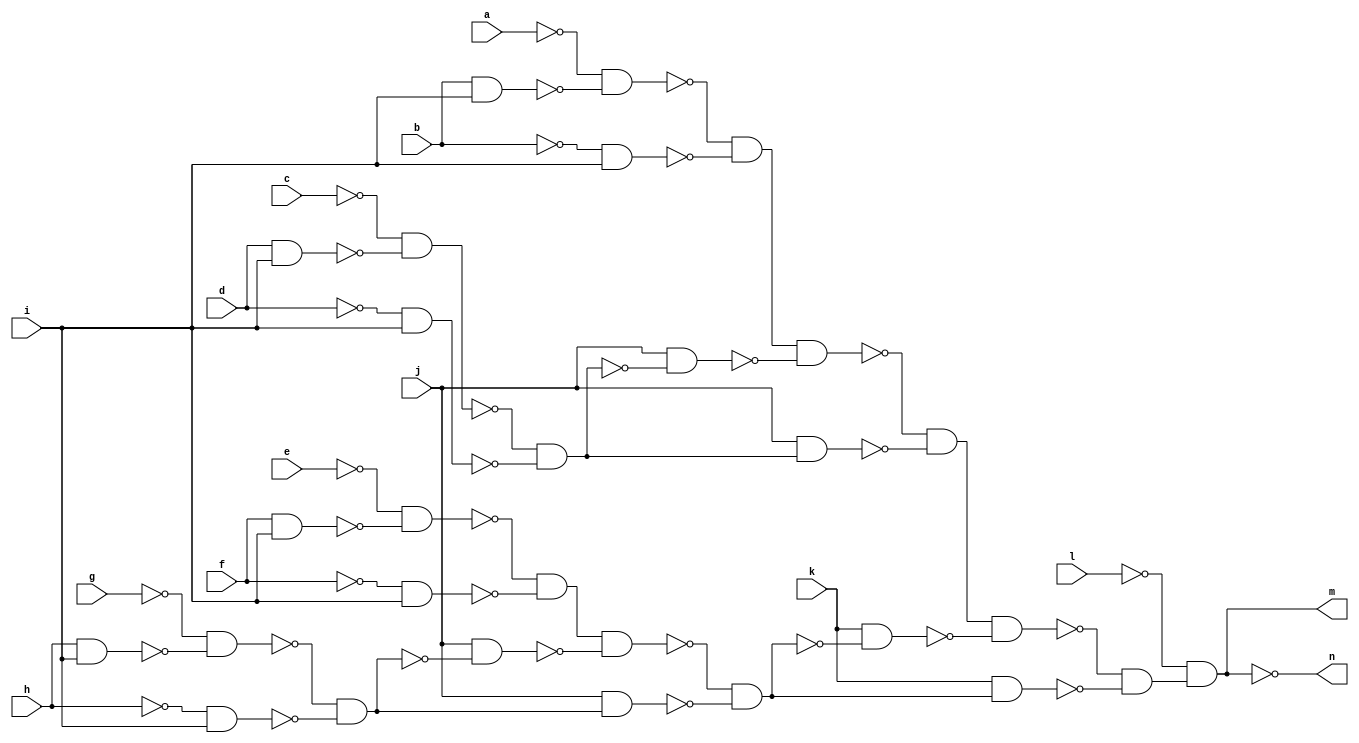
module CM151 ( 
    a, b, c, d, e, f, g, h, i, j, k, l,
    m, n  );
  input  a, b, c, d, e, f, g, h, i, j, k, l;
  output m, n;
  wire new_n15_, new_n16_, new_n17_, new_n18_, new_n19_, new_n20_, new_n21_,
    new_n22_, new_n23_, new_n24_, new_n25_, new_n26_, new_n27_, new_n28_,
    new_n29_, new_n30_, new_n31_, new_n32_, new_n33_, new_n34_, new_n35_,
    new_n36_, new_n37_, new_n38_, new_n39_, new_n40_, new_n41_, new_n42_;
  assign new_n15_ = b & i;
  assign new_n16_ = ~a & ~new_n15_;
  assign new_n17_ = ~b & i;
  assign new_n18_ = ~new_n16_ & ~new_n17_;
  assign new_n19_ = d & i;
  assign new_n20_ = ~c & ~new_n19_;
  assign new_n21_ = ~d & i;
  assign new_n22_ = ~new_n20_ & ~new_n21_;
  assign new_n23_ = j & ~new_n22_;
  assign new_n24_ = new_n18_ & ~new_n23_;
  assign new_n25_ = j & new_n22_;
  assign new_n26_ = ~new_n24_ & ~new_n25_;
  assign new_n27_ = f & i;
  assign new_n28_ = ~e & ~new_n27_;
  assign new_n29_ = ~f & i;
  assign new_n30_ = ~new_n28_ & ~new_n29_;
  assign new_n31_ = h & i;
  assign new_n32_ = ~g & ~new_n31_;
  assign new_n33_ = ~h & i;
  assign new_n34_ = ~new_n32_ & ~new_n33_;
  assign new_n35_ = j & ~new_n34_;
  assign new_n36_ = new_n30_ & ~new_n35_;
  assign new_n37_ = j & new_n34_;
  assign new_n38_ = ~new_n36_ & ~new_n37_;
  assign new_n39_ = k & ~new_n38_;
  assign new_n40_ = new_n26_ & ~new_n39_;
  assign new_n41_ = k & new_n38_;
  assign new_n42_ = ~new_n40_ & ~new_n41_;
  assign m = ~l & new_n42_;
  assign n = ~m;
endmodule